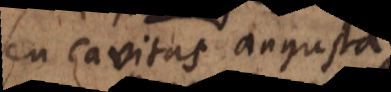
seu cavitas angusta.